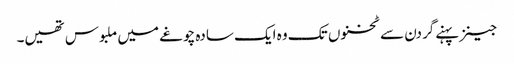
جینز پہنےگردن سے ٹخنوں تک وہ ایک سادہ چوغے میں ملبوس تھیں۔